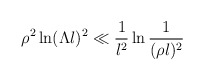
\begin{align*}\rho^2 \ln(\Lambda l)^2 \ll \frac{1}{l^2} \ln\frac{1}{(\rho l)^2}\end{align*}